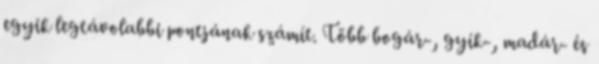
egyik legtávolabbi pontjának számít. Több bogár-, gyík-, madár- és